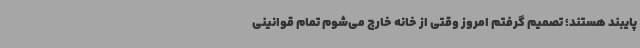
پایبند هستند؛ تصمیم گرفتم امروز وقتی از خانه خارج می‌شوم تمام قوانینی